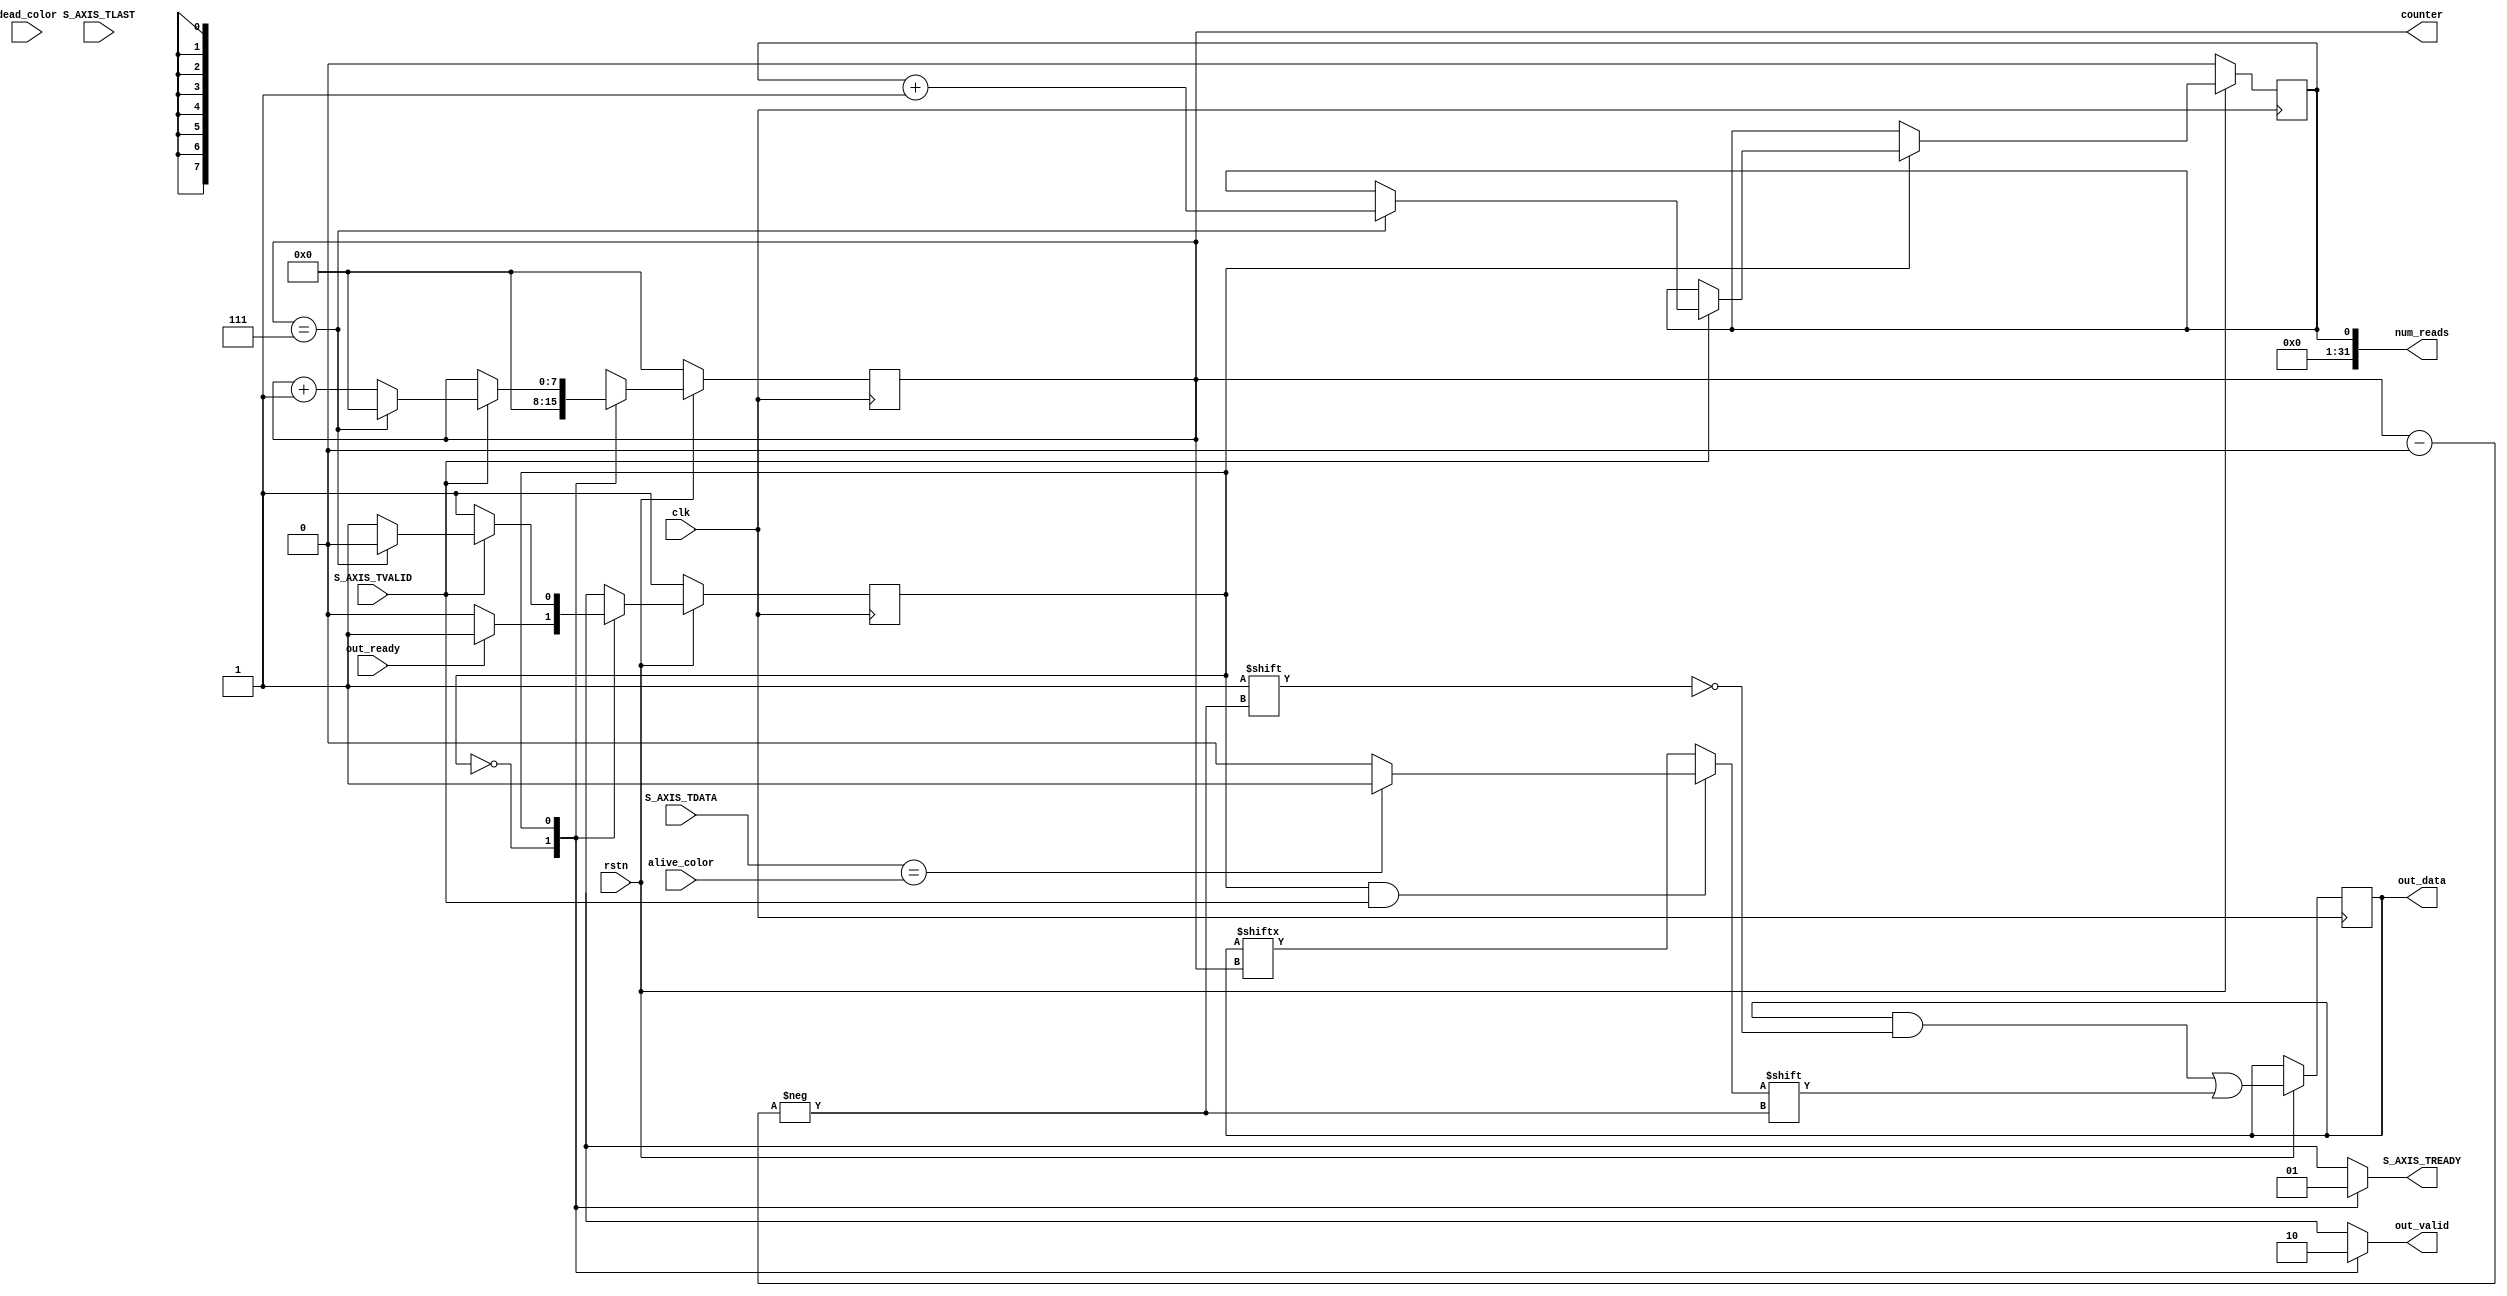
module axis2buffer #(
    parameter DWIDTH = 32,
    parameter WIDTH = 8
)( 
    // Control signals
    clk,
    rstn,

    // Color conversion signals
    alive_color,
    dead_color,
    
    // AXIS Connection
    S_AXIS_TDATA,
    S_AXIS_TVALID,
    S_AXIS_TREADY,
    S_AXIS_TLAST,
    
    // Output to conware computation
    out_data,
    out_valid,
    out_ready,

    num_reads,
    counter
);

    // Port descriptions
    input clk;
    input rstn;

    input [DWIDTH-1:0] alive_color;
    input [DWIDTH-1:0] dead_color;

    input [DWIDTH-1:0] S_AXIS_TDATA;
    input S_AXIS_TVALID;
    input S_AXIS_TLAST;
    output reg S_AXIS_TREADY;

    output reg [WIDTH-1:0] out_data;
    output reg out_valid;
    input out_ready;

    output reg [31:0] num_reads;
    reg next_num_reads;

    // State params
    reg state;
    reg next_state;
    localparam Wait = 0;
    localparam Read = 1;

    // Internal values
    reg in_state;
    output reg [7:0] counter;
    reg [7:0] next_counter;

    initial begin
        state <= Read;
        out_data <= 0;
        counter <= 0;
        num_reads <= 0;
    end

    // Combinational Logic
    always @* begin
        next_num_reads <= num_reads;

        if ((state == Read) && (S_AXIS_TVALID == 1)) begin
            in_state <= (S_AXIS_TDATA == alive_color)? 1'b1 : 1'b0;
        end else begin
            in_state <= out_data[counter];
        end
    
        case (state)

        Wait: begin
            next_counter <= 0;
            S_AXIS_TREADY <= 0;
            out_valid <= 1;

            if (out_ready) begin
                next_state <= Read;
            end else begin
                next_state <= Wait;
            end
        end

        Read: begin
            S_AXIS_TREADY <= 1;
            next_state <= Read;
            out_valid <= 0;

            if (S_AXIS_TVALID == 1) begin
                if (counter == WIDTH-1) begin
                    next_counter <= 0;
                    next_state <= Wait;
                    next_num_reads <= num_reads + 1;
                end else begin
                    next_counter <= counter + 1;
                end

            end else begin
                // Data source stalled
                next_counter <= counter;
            end
        end

        endcase
    end

    // Clocked Logic
    always @(posedge clk) begin
        if (!rstn) begin
            counter <= 8'h00;
            state <= Read;
            num_reads <= 0;
        end else begin
            out_data[counter] <= in_state;
            state <= next_state;
            counter <= next_counter;
            num_reads <= next_num_reads;
        end
    end

endmodule